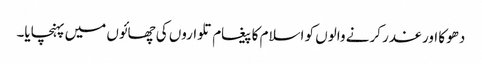
دھوکا اور غدر کرنے والوں کو اسلام کا پیغام تلواروں کی چھائوں میں پہنچایا۔